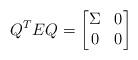
LaTeX: \begin{align*}Q^TEQ= \begin{bmatrix} \Sigma&0\\0&0\end{bmatrix}\end{align*}